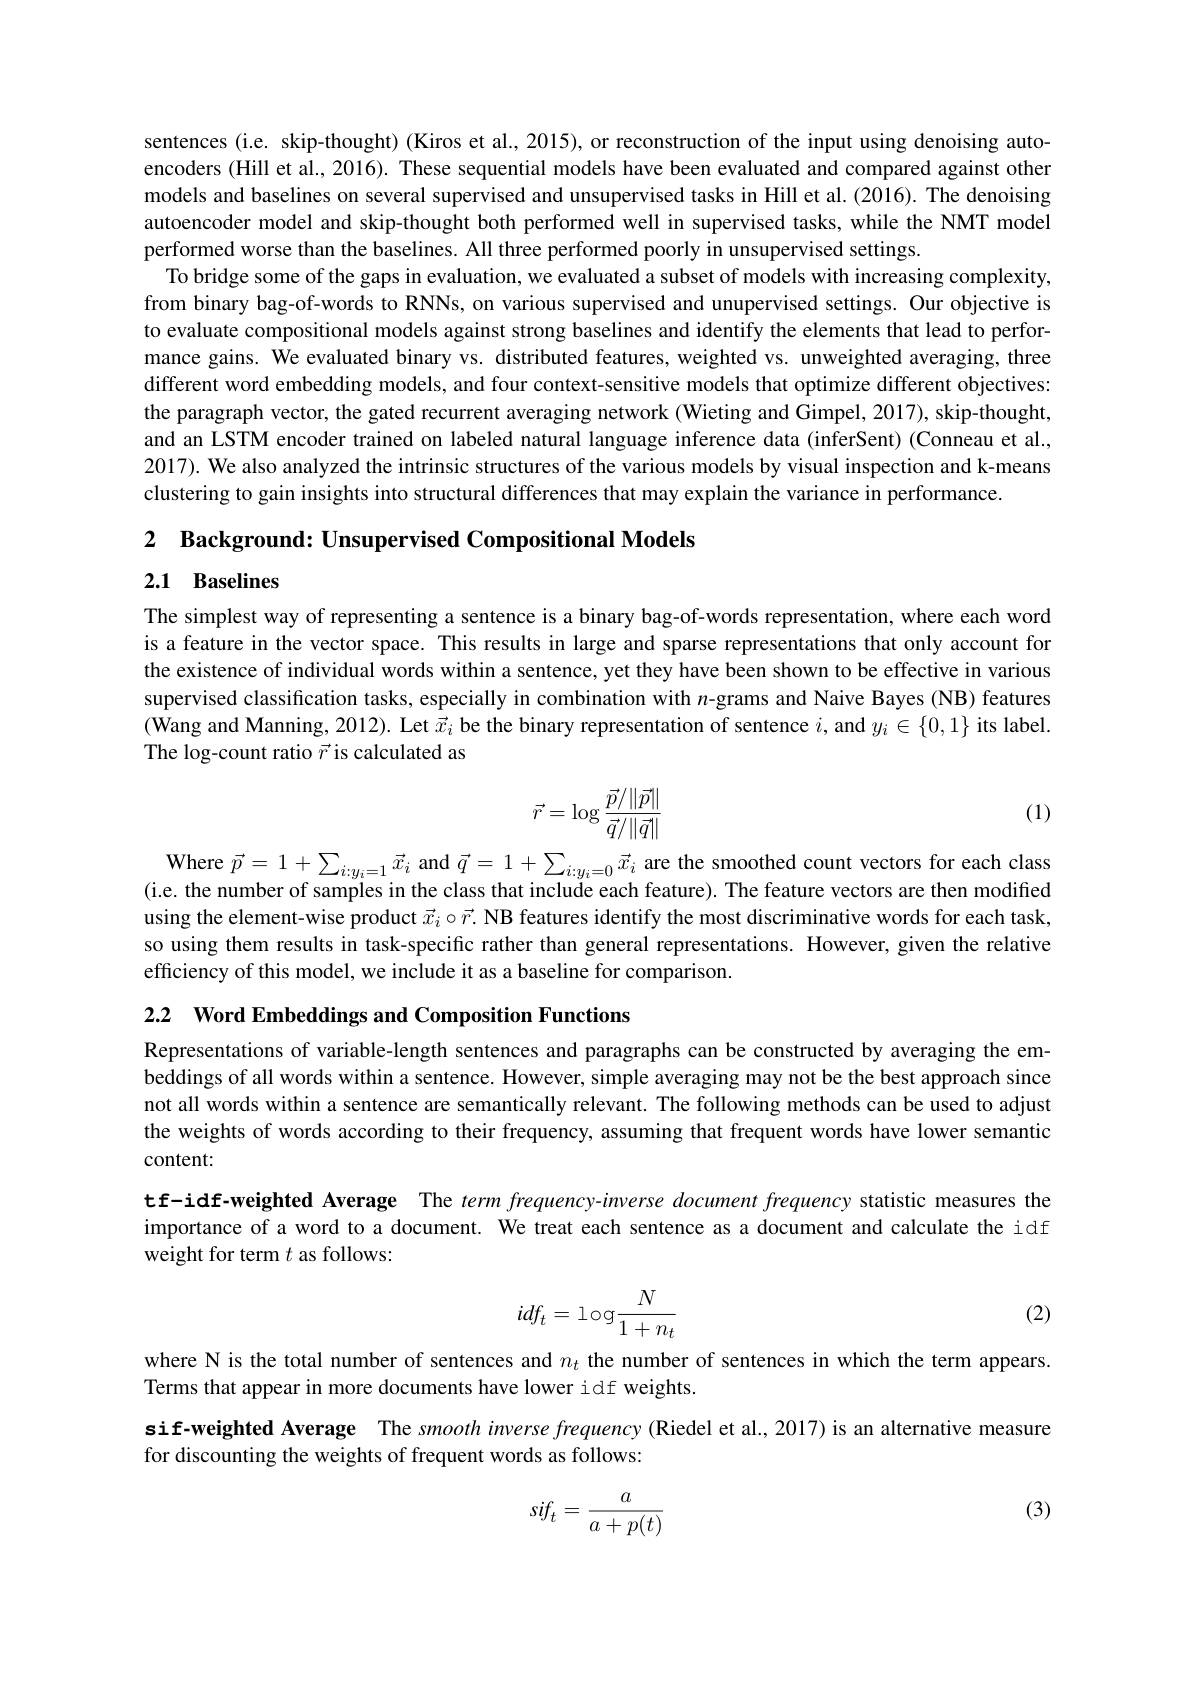
sentences (i.e. skip-thought) (Kiros et al., 2015), or reconstruction of the input using denoising autoencoders (Hill et al., 2016). These sequential models have been evaluated and compared against other models and baselines on several supervised and unsupervised tasks in Hill et al. (2016). The denoising autoencoder model and skip-thought both performed well in supervised tasks, while the NMT model performed worse than the baselines. All three performed poorly in unsupervised settings.
To bridge some of the gaps in evaluation, we evaluated a subset of models with increasing complexity, from binary bag-of-words to RNNs, on various supervised and unupervised settings. Our objective is to evaluate compositional models against strong baselines and identify the elements that lead to performance gains. We evaluated binary vs. distributed features, weighted vs. unweighted averaging, three different word embedding models, and four context-sensitive models that optimize different objectives: the paragraph vector, the gated recurrent averaging network (Wieting and Gimpel, 2017), skip-thought, and an LSTM encoder trained on labeled natural language inference data (inferSent) (Conneau et al., 2017). We also analyzed the intrinsic structures of the various models by visual inspection and k-means clustering to gain insights into structural differences that may explain the variance in performance.

2 Background: Unsupervised Compositional Models

## 2.1 Baselines

The simplest way of representing a sentence is a binary bag-of-words representation, where each word is a feature in the vector space. This results in large and sparse representations that only account for the existence of individual words within a sentence, yet they have been shown to be effective in various supervised classification tasks, especially in combination with $n$-grams and Naive Bayes (NB) features (Wang and Manning, 2012). Let $\vec{x}_i$ be the binary representation of sentence $i$, and $y_i\in\{0,1\}$ its label The log-count ratio $\vec{r}$ is calculated as
$$\vec r=\log\frac{\vec p/\|\vec p\|}{\vec q/\|\vec q\|}$$
(1)

Where $\vec{p}=1+\sum_{i:y_i=1}\vec{x}_i$ and $\vec{q}=1+\sum_{i:y_i=0}\vec{x}_i$ are the smoothed count vectors for each class o tho numbar of comploc olon thot inoludo ooh foatura) Tho footura vootra orra thon modifod (i.e. the number of samples in the class that include each feature). The feature vectors are then modified using the element-wise product $\vec{x} _i\circ \vec{r} . \textbf{NB features identify the most discriminative words for each task, }$ so using them results in task-specific rather than general representations. However, given the relative efficiency of this model, we include it as a baseline for comparison.

2.2 Word Embeddings and Composition Functions

Representations of variable-length sentences and paragraphs can be constructed by averaging the embeddings of all words within a sentence. However, simple averaging may not be the best approach since not all words within a sentence are semantically relevant. The following methods can be used to adjust the weights of words according to their frequency, assuming that frequent words have lower semantic

content:

tf-idf-weighted Average The term frequency-inverse document frequency statistic measures the importance of a word to a document. We treat each sentence as a document and calculate the idf weight for term $t$ as follows:
$$idf_t=1\text{og}\frac{N}{1+n_t}$$
(2)

where N is the total number of sentences and $n_t$ the number of sentences in which the term appears.
Terms that appear in more documents have lower idf weights.
sif-weighted Average The smooth inverse frequency (Riedel et al.,2017) is an alternative measure
for discounting the weights of frequent words as follows:

(3)
$$sif_t=\frac{a}{a+p(t)}$$